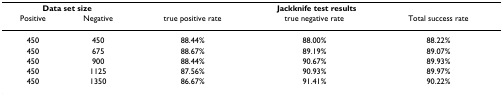
| <COLSPAN=2> Data set size | <COLSPAN=3> Jackknife test results |
 | Positive | Negative | true positive rate | true negative rate | Total success rate |
 | --- | --- | --- | --- | --- |
 | 450 | 450 | 88.44% | 88.00% | 88.22% |
 | 450 | 675 | 88.67% | 89.19% | 89.07% |
 | 450 | 900 | 88.44% | 90.67% | 89.93% |
 | 450 | 1125 | 87.56% | 90.93% | 89.97% |
 | 450 | 1350 | 86.67% | 91.41% | 90.22% |